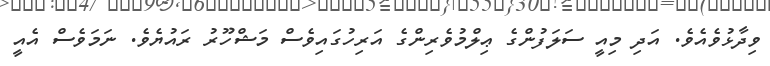
ވިދާޅުވެއެވެ. އަދި މިއީ ސަލަފުންގެ ޢިލްމުވެރިންގެ އަރިހުގައިވެސް މަޝްހޫރު ރައުޔެވެ. ނަމަވެސް އެއީ